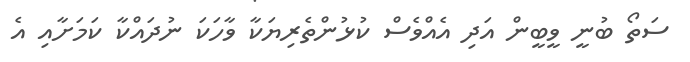
ސަތޯ ބުނީ ވީބީން އަދި އެއްވެސް ކުޅުންތެރިޔަކާ ވާހަކަ ނުދައްކާ ކަމަށާއި އެ